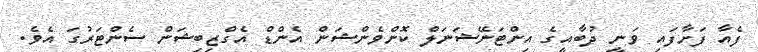
ފެއާ ފަށާފައި ވަނީ ދުބާއީގެ އިންޓަނޭޝަނަލް ކޮންވެންޝަން އެންޑް އެގްޒިބިޝަން ސެންޓަރުގަ އެވެ.